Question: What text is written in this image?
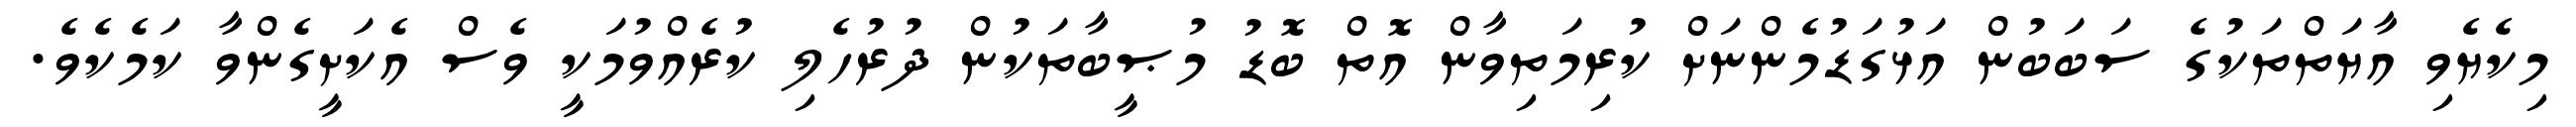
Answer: މިކެޔެވި އާޔަތްތަކުގެ ސަބަބުން އަޅުގަޑުމެންނަށް ކުރިމަތިވާން އޮތް ބޮޑު މުޞީބާތަކުން ދުރުހެލި ކުރެއްވުމަކީ ވެސް އެކަށީގެންވާ ކަމެކެވެ.